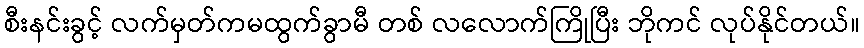
စီးနင်းခွင့် လက်မှတ်ကမထွက်ခွာမီ တစ် လလောက်ကြိုပြီး ဘိုကင် လုပ်နိုင်တယ်။